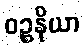
ဝဉ္စနိယာ